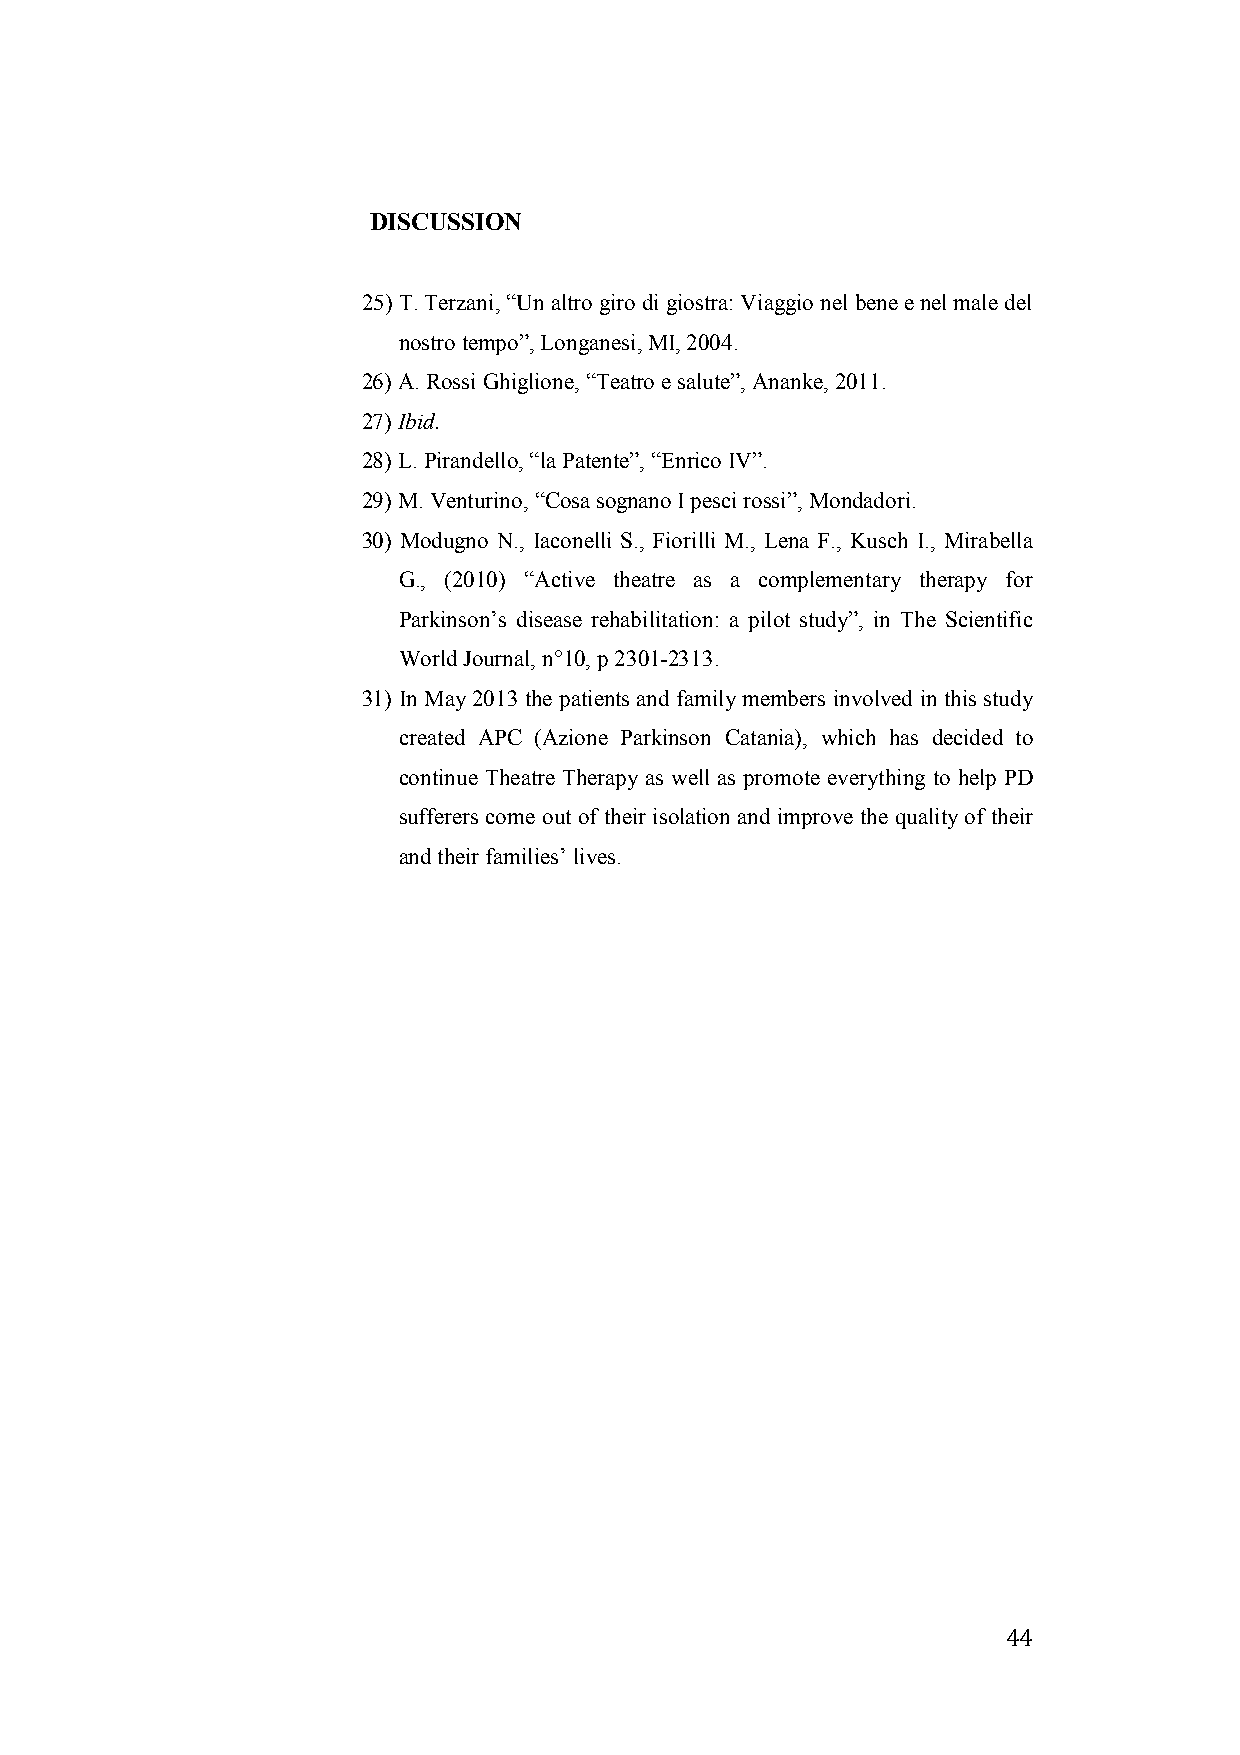
DISCUSSION
 25) T. Terzani, “Un altro giro di giostra: Viaggio nel bene e nel male del
 nostro tempo”, Longanesi, MI, 2004.
 26) A. Rossi Ghiglione, “Teatro e salute”, Ananke, 2011.
 27) Ibid.
 28) L. Pirandello, “la Patente”, “Enrico IV”.
 29) M. Venturino, “Cosa sognano I pesci rossi”, Mondadori.
 30) Modugno N., Iaconelli S., Fiorilli M., Lena F., Kusch I., Mirabella
 G., (2010) “Active theatre as a complementary therapy for
 Parkinson’s disease rehabilitation: a pilot study”, in The Scientific
 World Journal, n°10, p 2301-2313.
 31) In May 2013 the patients and family members involved in this study
 created APC (Azione Parkinson Catania), which has decided to
 continue Theatre Therapy as well as promote everything to help PD
 sufferers come out of their isolation and improve the quality of their
 and their families’ lives.
 44